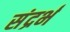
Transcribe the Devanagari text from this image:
संद्रर्भ